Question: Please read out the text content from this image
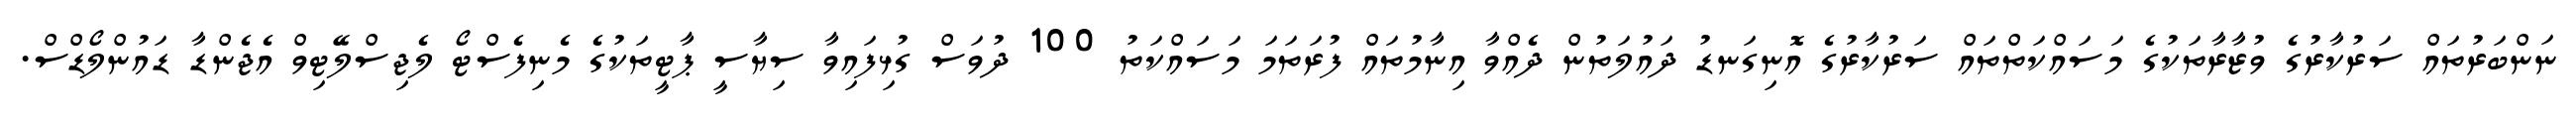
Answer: ނަންބަރުތައް ސަރުކާރުގެ ވުޒާރާތަކުގެ މަސައްކަތްތައް ސަރުކާރުގެ އޮނިގަނޑު ދައުލަތުން ދެއްވާ އިނާމުތައް ފުރަތަމަ މަސައްކަތު 100 ދުވަސް ގުޅިފައިވާ ސިޔާސީ ޕާޓީތަކުގެ މެނިފެސްޓޯ ލެޖިސްލޭޓިވް އެޖެންޑާ ޑައުންލޯޑްސް.